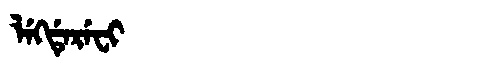
Manchu: ᠯᡝᡴᡩᡝᡵᡝᠸᡳ
Romanization: LEKDEREFI